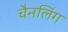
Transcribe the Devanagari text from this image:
चैनलिंग